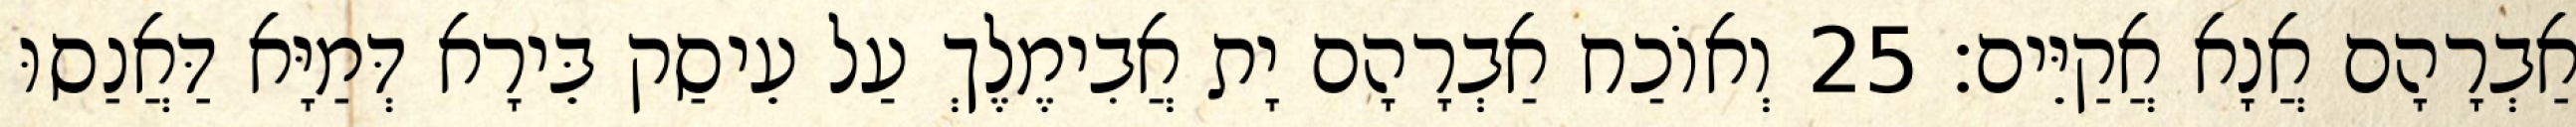
אַבְרָהָם אֲנָא אֲקַיֵּים׃ 25 וְאוֹכַח אַבְרָהָם יָת אֲבִימֶלֶךְ עַל עֵיסַק בֵּירָא דְּמַיָּא דַּאֲנַסוּ